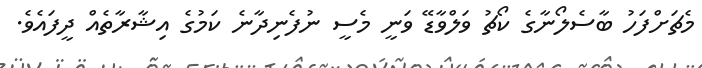
މެޗަށްފަހު ބާސެލޯނާގެ ކޯޗު ވަލްވާޑޭ ވަނީ މެސީ ނުފެނިދާނެ ކަމުގެ އިޝާރާތެއް ދީފައެވެ.